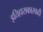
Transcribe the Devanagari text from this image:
इतिहासकारकही